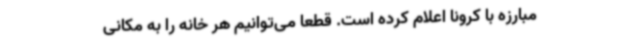
مبارزه با کرونا اعلام کرده است. قطعا می‌توانیم هر خانه را به مکانی